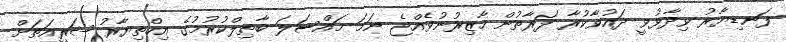
ފަނޑިޔާރު ވިދާޅުވީ ދައުވާކުރާ ފަރާތުން ހާޒިރުނުވެއްޖެ ނަމަ މައްސަލަ ބާތިލްކުރުމުގެ އިހްތިޔާރު ޝަރީއަތަށް